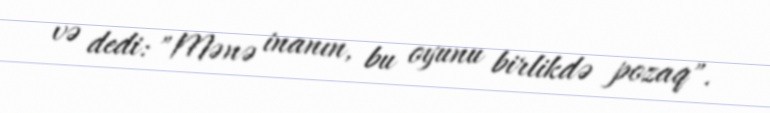
və dedi: "Mənə inanın, bu oyunu birlikdə pozaq".